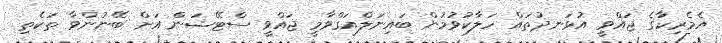
އެމެރިކާގެ ޖައްވީ އުޅަނދުތައް ހަލާކުވުމުން ބައިނަލްއަގްވާމީ ޖައްވީ ސްޓޭޝަން އަށް ބޭނުންވާ ތަކެތި